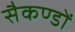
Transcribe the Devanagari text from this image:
सैकण्‍डों